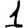
Digit: 1